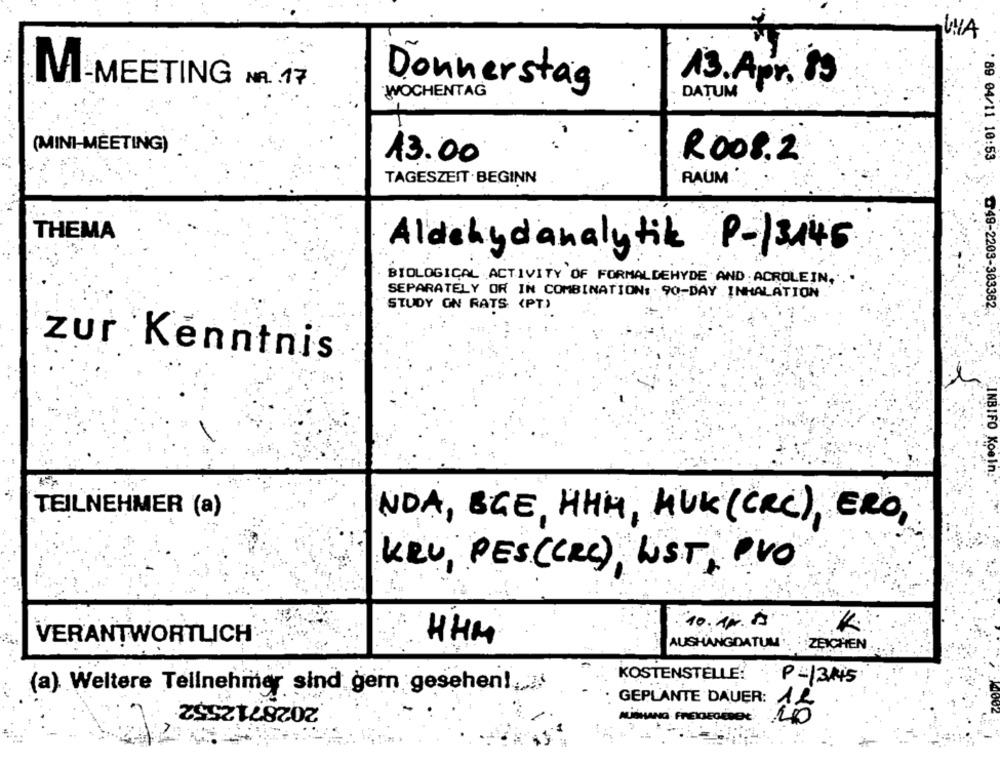
WA
M-MEETING NR. 17
13. Apr. 89
Donnerstag
WOCHENTAG
DATUM
(MINI-MEETING)
13.00
RO08.2
'89 04/11 10:53-
TAGESZEIT BEGINN
RAUM
THEMA
Aldehydanalytik P-/3445
BIOLOGICAL ACTIVITY OF FORMALDEHYDE AND ACROLEIN,
SEPARATELY OR IN COMBINATION: 90-DAY .INHALATION
STUDY ON RATS (PT)
₾49-2203-303362
zur Kenntnis
INBIFO Koeln
TEILNEHMER (a)
NOA, BGE, HHH, HUK (CRC), ERO,
KRU, PES(CRC) LUST, PVO
10. 10.00
VERANTWORTLICH
HHM
AUSHANGDATUM
ZEICHEN
KOSTENSTELLE:
P=13.145
(a) Weltere Teilnehmer sind gern gesehen !,
2028712552
GEPLANTE DAUER: